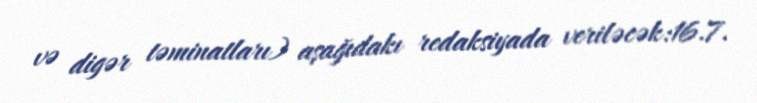
və digər təminatları) aşağıdakı redaksiyada veriləcək:16.7.